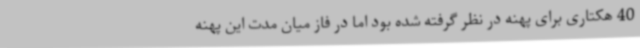
40 هکتاری برای پهنه در نظر گرفته شده بود اما در فاز میان مدت این پهنه